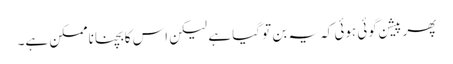
پھر پیشن گوئی ہوئی کہ یہ بن تو گیا ہے لیکن اس کا بچنا ناممکن ہے۔